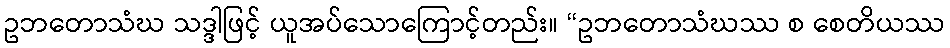
ဥဘတောသံဃ သဒ္ဒါဖြင့် ယူအပ်သောကြောင့်တည်း။ “ဥဘတောသံဃဿ စ စေတိယဿ